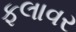
ફલાવર